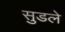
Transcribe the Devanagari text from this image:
सुडले